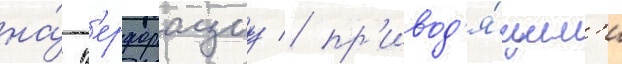
на́ п'ерфорациу / пр'ивод'я́щим'и